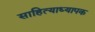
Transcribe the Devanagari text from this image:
साहित्याध्यापक